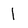
Character: l